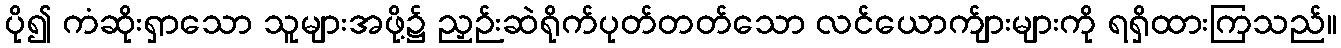
ပို၍ ကံဆိုးရှာသော သူများအဖို့၌ ညှဉ်းဆဲရိုက်ပုတ်တတ်သော လင်ယောက်ျားများကို ရရှိထားကြသည်။